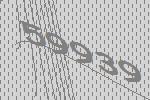
59939